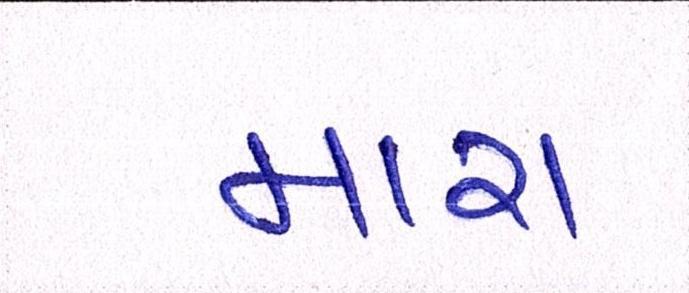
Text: મારા